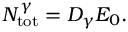
N _ { \mathrm { t o t } } ^ { \gamma } = D _ { \gamma } E _ { 0 } .